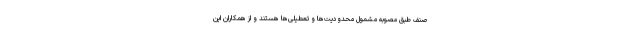
صنف طبق مصوبه مشمول محدودیت‌ها و تعطیلی‌ها هستند و از همکاران این